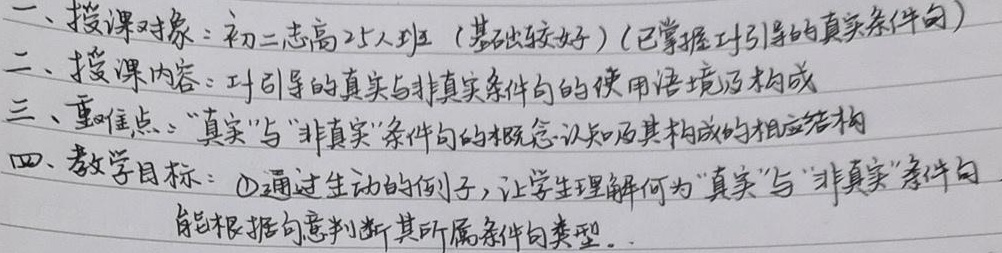
一、授课对象：初二志高25人班（基础较好）（已掌握if引导的真实条件句）
二、授课内容：if引导的真实与非真实条件句的使用语境及构成
三、重难点：“真实”与“非真实”条件句的概念 - 认知及其构成的相应结构
四、教学目标：\textcircled{1}通过生动的例子，让学生理解何为“真实”与“非真实”条件句，能根据句意判断其所属条件句类型。